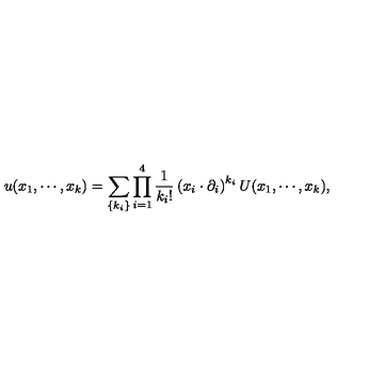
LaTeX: u ( x _ { 1 } , \cdots , x _ { k } ) = \sum _ { \{ k _ { i } \} } \prod _ { i = 1 } ^ { 4 } \frac { 1 } { k _ { i } ! } \left( x _ { i } \cdot \partial _ { i } \right) ^ { k _ { i } } U ( x _ { 1 } , \cdots , x _ { k } ) ,